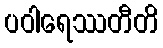
ပဝါရေဿတီတိ